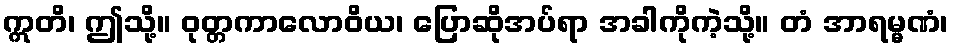
ဣတိ၊ ဤသို့။ ဝုတ္တကာလောဝိယ၊ ပြောဆိုအပ်ရာ အခါကိုကဲ့သို့။ တံ အာရမ္မဏံ၊